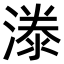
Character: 漛